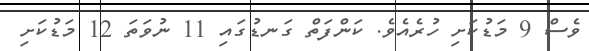
ވެސް 9 މަޑުކަށި ހުރެއެވެ. ކަންފަތް ގަނޑުގައި 11 ނުވަތަ 12 މަޑުކަށި